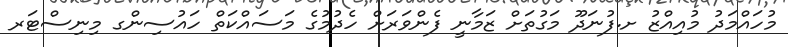
މުހައްމަދު މުއިއްޒު ށ.ފުނަދޫ މަގުތަށް ޒަމާނީ ފެންވަރަށް ހެދުމުގެ މަސައްކަތް ހައުސިންގ މިނިސްޓަރ